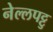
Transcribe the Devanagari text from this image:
नेल्‍लपट्टु